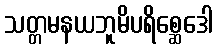
သတ္တမနယဘူမိပရိစ္ဆေဒေါ